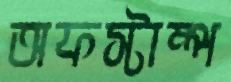
অফস্টাম্প